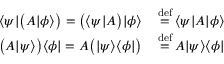
{ \begin{array} { r l } { \langle \psi | { \bigl ( } A | \phi \rangle { \bigr ) } = { \bigl ( } \langle \psi | A { \bigr ) } | \phi \rangle \, } & { { \stackrel { \mathrm { d e f } } { = } } \, \langle \psi | A | \phi \rangle } \\ { { \bigl ( } A | \psi \rangle { \bigr ) } \langle \phi | = A { \bigl ( } | \psi \rangle \langle \phi | { \bigr ) } \, } & { { \stackrel { \mathrm { d e f } } { = } } \, A | \psi \rangle \langle \phi | } \end{array} }